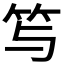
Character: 𥫣